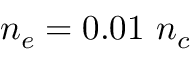
n _ { e } = 0 . 0 1 ~ n _ { c }